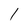
Character: 1